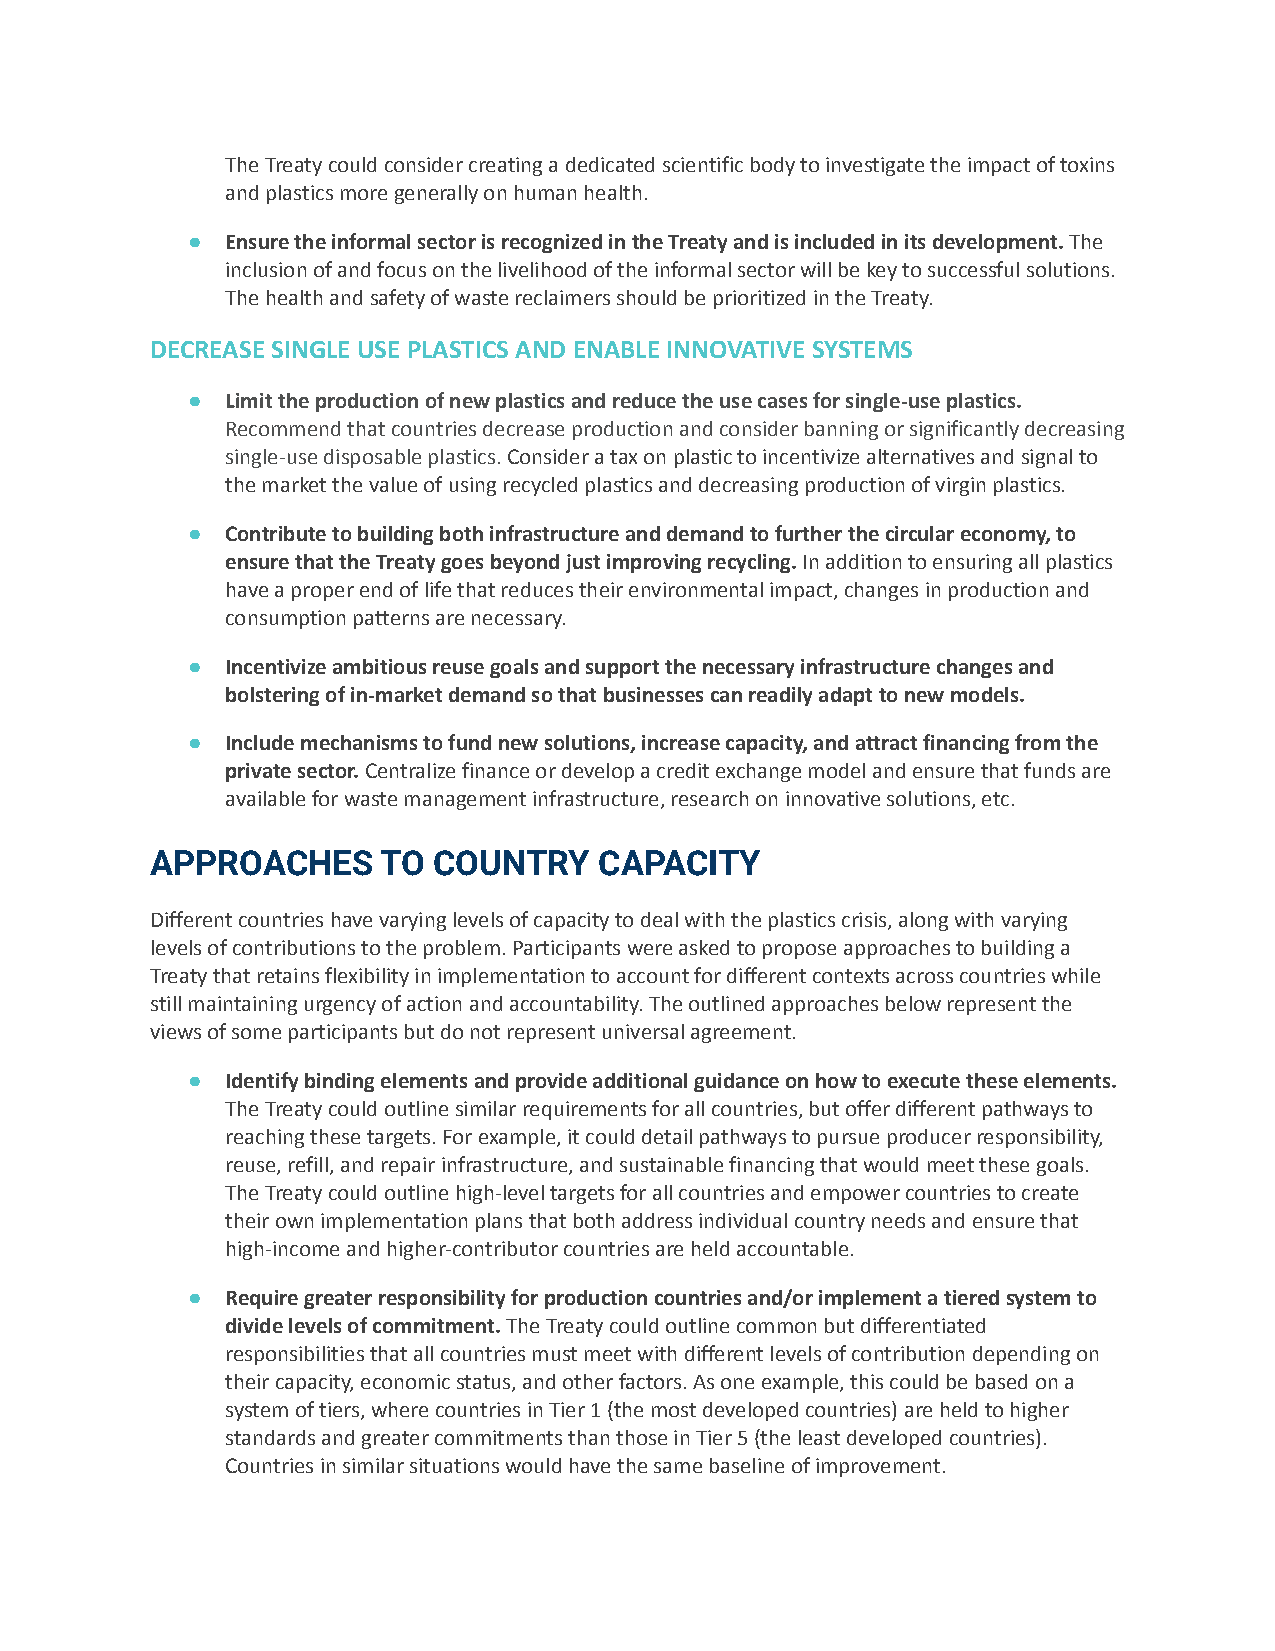
The Treaty could consider creating a dedicated scientific body to investigate the impact of toxins
 and plastics more generally on human health.
 ●  Ensure the informal sector is recognized in the Treaty and is included in its development.The
 inclusion of and focus on the livelihood of the informal sector will be key to successful solutions.
 The health and safety of waste reclaimers should be prioritized in the Treaty.
 DECREASE SINGLE USE PLASTICS AND ENABLE INNOVATIVE SYSTEMS
 ●  Limit the production of new plastics and reduce the use cases for single-use plastics.
 Recommend that countries decrease production and consider banning or significantly decreasing
 single-use disposable plastics.Consider a tax onplastic to incentivize alternatives and signal to
 the market the value of using recycled plastics and decreasing production of virgin plastics.
 ●  Contribute to building both infrastructure and demand to further the circular economy, to
 ensure that the Treaty goes beyond just improving recycling.In addition to ensuring all plastics
 have a proper end of life that reduces their environmental impact, changes in production and
 consumption patterns are necessary.
 ●  Incentivize ambitious reuse goals and support the necessary infrastructure changes and
 bolstering of in-market demand so that businesses can readily adapt to new models.
 ●  Include mechanisms to fund new solutions, increase capacity, and attract financing from the
 private sector.Centralize finance or develop a creditexchange model and ensure that funds are
 available for waste management infrastructure, research on innovative solutions, etc.
 APPROACHES     TO  COUNTRY    CAPACITY
 Different countries have varying levels of capacity to deal with the plastics crisis, along with varying
 levels of contributions to the problem. Participants were asked to propose approaches to building a
 Treaty that retains flexibility in implementation to account for different contexts across countries while
 still maintaining urgency of action and accountability. The outlined approaches below represent the
 views of some participants but do not represent universal agreement.
 ●  Identify binding elements and provide additional guidance on how to execute these elements.
 The Treaty could outline similar requirements for all countries, but offer different pathways to
 reaching these targets. For example, it could detail pathways to pursue producer responsibility,
 reuse, refill, and repair infrastructure, and sustainable financing that would meet these goals.
 The Treaty could outline high-level targets for all countries and empower countries to create
 their own implementation plans that both address individual country needs and ensure that
 high-income and higher-contributor countries are held accountable.
 ●  Require greater responsibility for production countries and/or implement a tiered system to
 divide levels of commitment.The Treaty could outlinecommon but differentiated
 responsibilities that all countries must meet with different levels of contribution depending on
 their capacity, economic status, and other factors. As one example, this could be based on a
 system of tiers, where countries in Tier 1 (the most developed countries) are held to higher
 standards and greater commitments than those in Tier 5 (the least developed countries).
 Countries in similar situations would have the same baseline of improvement.